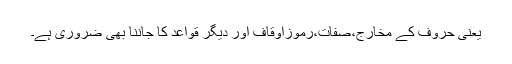
یعنی حروف کے مخارج،صفات،رموزاوقاف اور دیگر قواعد کا جاننا بھی ضروری ہے۔